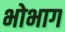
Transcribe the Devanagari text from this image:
भोभाग